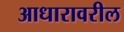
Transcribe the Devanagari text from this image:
आधारावरील